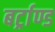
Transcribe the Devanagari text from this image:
बर्ट्राण्ड